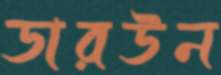
ডারউন